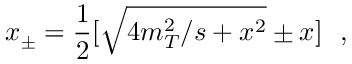
x _ { \pm } = \frac { 1 } { 2 } [ \sqrt { 4 m _ { T } ^ { 2 } / s + x ^ { 2 } } \pm { x } ] \ \ ,